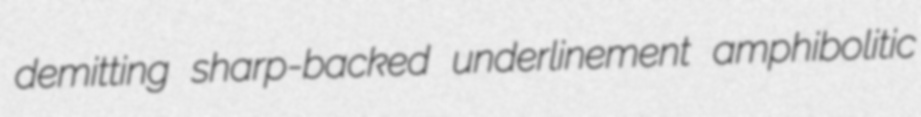
demitting sharp-backed underlinement amphibolitic